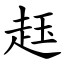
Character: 䞝